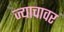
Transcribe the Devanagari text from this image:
ज्याचावर